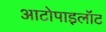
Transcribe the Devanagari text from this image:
आटोपाइलॉट